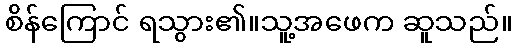
စိန်ကြောင် ရသွား၏။သူ့အဖေက ဆူသည်။